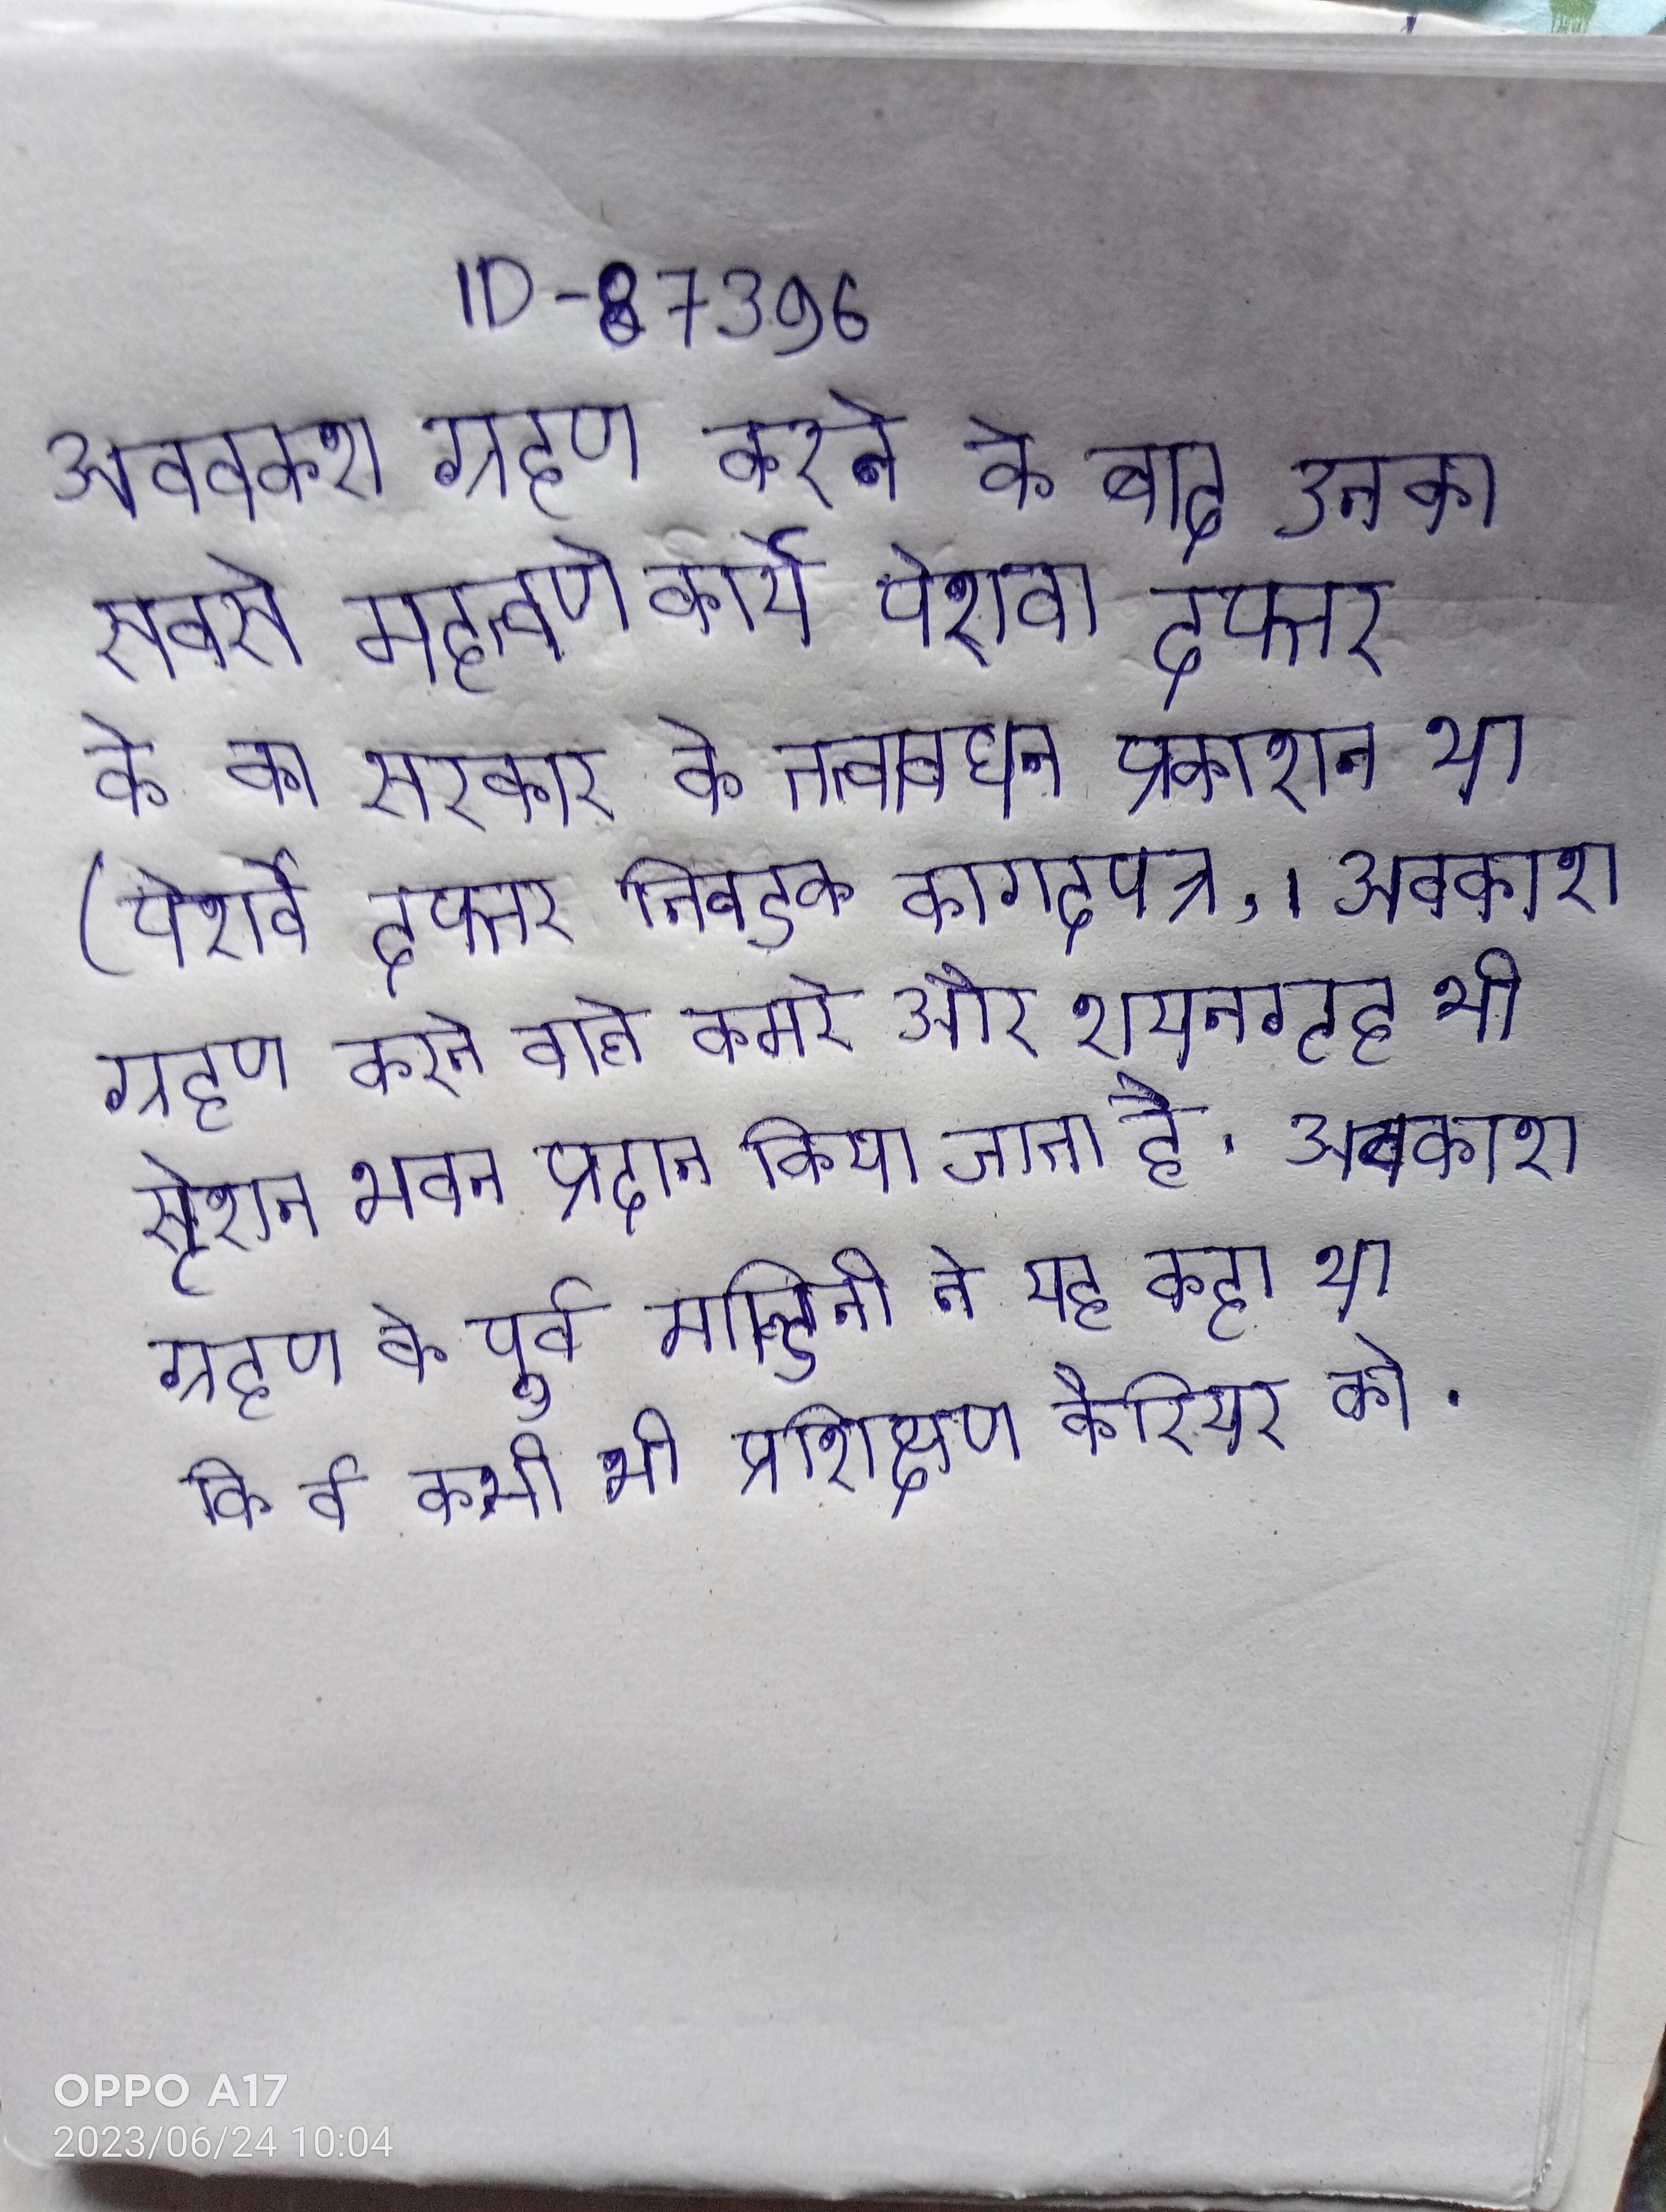
अवकाश ग्रहण करने के बाद उनका सबसे महत्वपूर्ण कार्य पेशवा दफ्तर के का सरकार के तत्वावधान प्रकाशन था (पेशवे दफ्तर निवडक कागदपत्र, । अवकाश ग्रहण करने वाले कमरे और शयनगृह भी स्टेशन भवन प्रदान किया जाता है । अवकाश ग्रहण के पूर्व माल्डिनी ने यह कहा था कि वे कभी भी प्रशिक्षण कैरियर को .